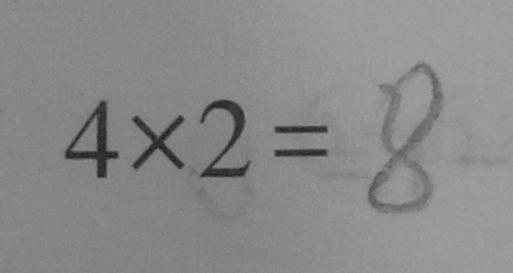
4 \times 2 = 8